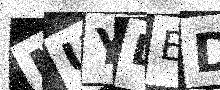
Text: MUYDED